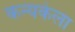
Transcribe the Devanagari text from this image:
कन्यकेला